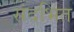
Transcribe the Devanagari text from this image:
संदभित